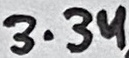
Text: 3.3u